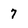
Character: 7